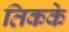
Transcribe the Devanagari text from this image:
तिकके